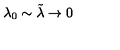
\lambda _ { 0 } \sim \tilde { \lambda } \to 0